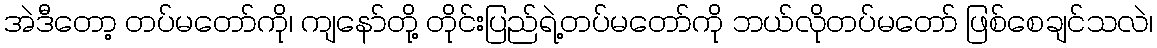
အဲဒီတော့ တပ်မတော်ကို၊ ကျနော်တို့ တိုင်းပြည်ရဲ့တပ်မတော်ကို ဘယ်လိုတပ်မတော် ဖြစ်စေချင်သလဲ၊